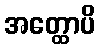
အတ္ထောပိ